Virumaa_algkoolid, lk 19
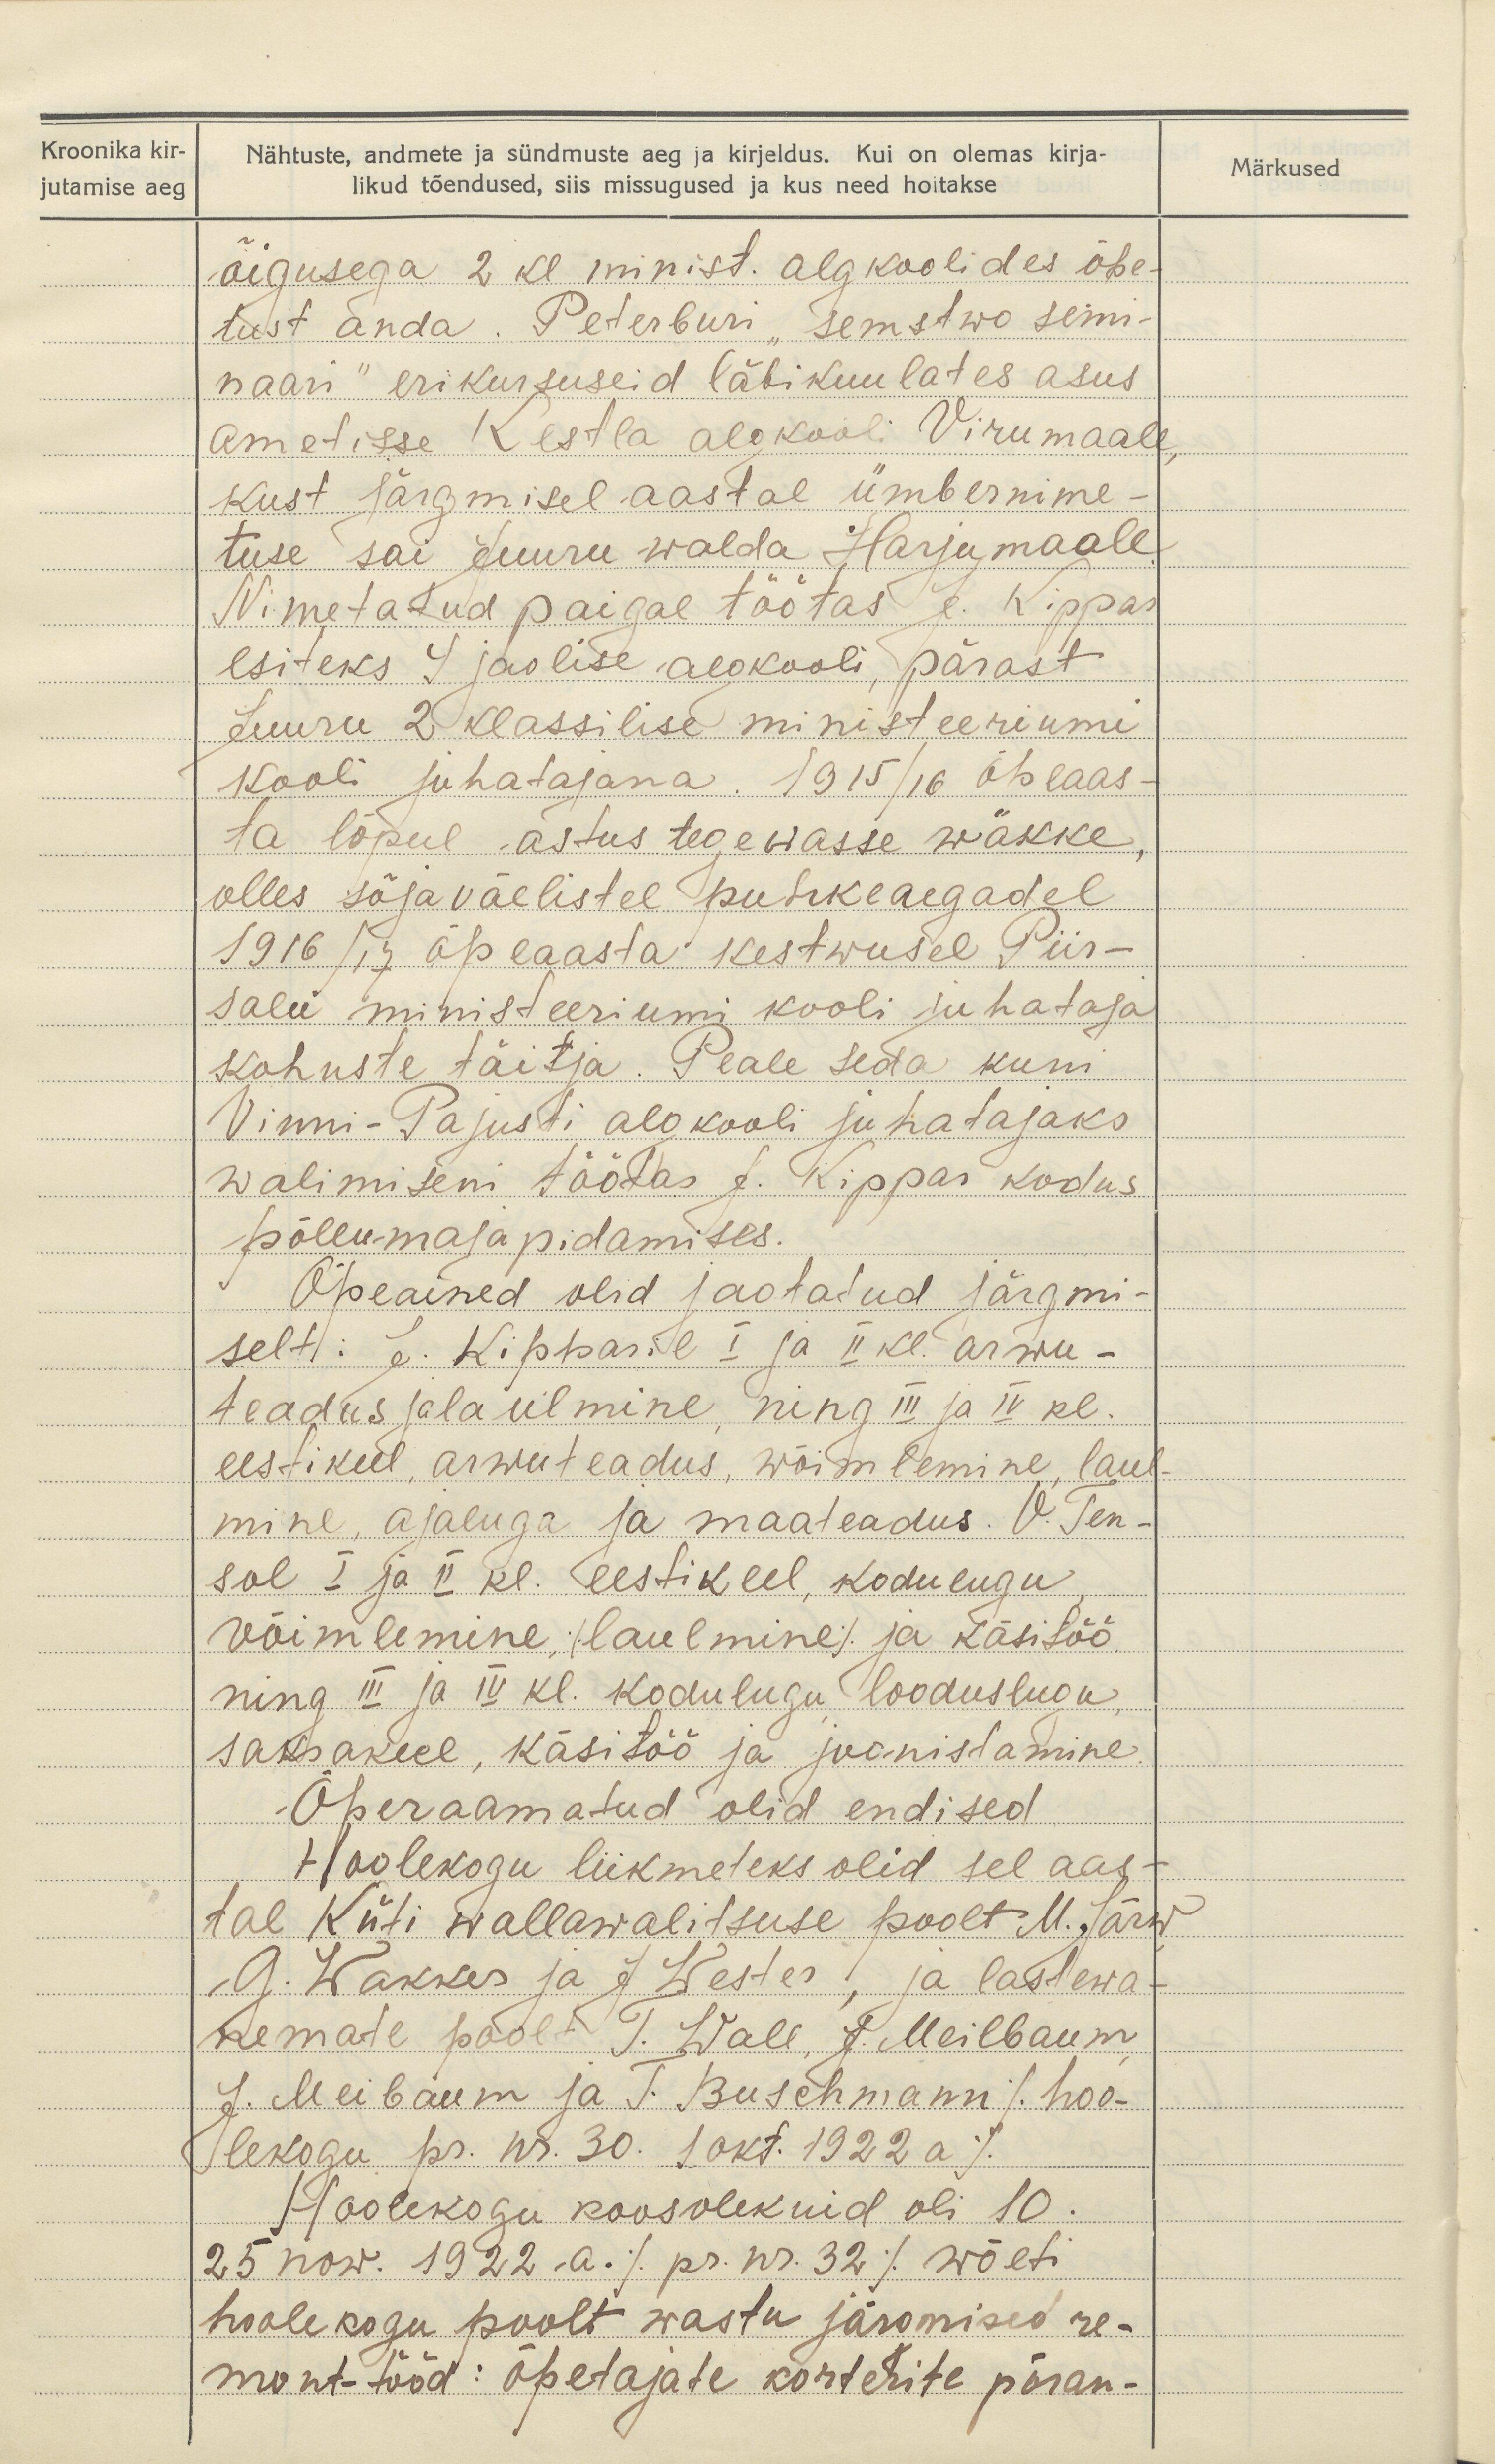
Kroonika kir-
jutamise aeg

Nähtuste, andmete ja sündmuste aeg ja kirjeldus. Kui on olemas kirja-
likud tõendused, siis missugused ja kus need hoitakse

õigusega 2 kl minist. algkoolides õpe-
tust anda. Peterburi "semstwo semi-
naari" erikursuseid läbikuulates asus
ametisse Kestla algkooli Virumaale,
kust järgmisel aastal ümbernime-
tuse sai Juuru walda Harjumaale
Nimetatud paigal töötas J. Kippas
esiteks 4 jaolise algkooli, pärast
Juuru 2 klassilise ministeeriumi
kooli juhatajana. 1915/16 õpeaas
ta lõpul astus tegewasse wäkke,
olles sõjaväelistel puhkeaegadel
1916/ 17 õpeaasta kestwusel Piir-
salu ministeeriumi kooli juhataja
kohuste täitja. Peale seda kuni
Vinni-Pajusti algkooli juhatajaks
walimiseni töötas J. Kippas kodus
põllu-majapidamises.
Õpeained olid jaotatud järgmi-
selt: J. Kippasil I ja II kl. arwu-
teadus ja laulmine ning III ja IV kl.
eestikeel, arwuteadus, wõimlemine, laul-
mine, ajaluga ja maateadus. V. Ten-
sol I ja II kl. Eestikeel, kodulugu
võimlemine, (laulmine). ja käsisöö.
ning III ja IV kl. kodulugu looduslugu,
saksakeel, käsitöö ja joonistamine.
Õperaamatud olid endised
Hoolekogu liikmeteks olid sel aas-
tal Küti wallawalitsuse poolt M. Järw
G. Wakker ja J. Wester, ja lastewa-
nemate poolt T. Wall, J. Meilbaum,
J. Meibaum ja T. Buschmann /hoo-
lekogu pr. nr. 30. 1 okt. 1922 a/
Hoolekogu koosolekuid oli 10.
25 now. 1922. a. /nr. 32/ wõeti
hoolekogu poolt wastu järgmised re-
mont-tööd: õpetajate korterite põran-

Märkused